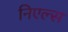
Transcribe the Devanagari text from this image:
निएल्स